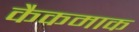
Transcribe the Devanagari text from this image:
कैकमाक